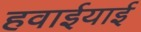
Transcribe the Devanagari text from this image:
हवाईयाई